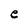
Character: e